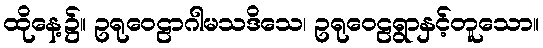
ထိုနေ့၌။ ဥရုဝေဠာဂါမသဒိသေ၊ ဥရုဝေဠရွာနှင့်တူသော။